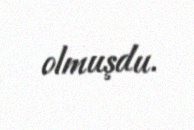
olmuşdu.